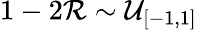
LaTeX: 1-2\mathcal{R}\sim\mathcal{{U}}_{[-1,1]}